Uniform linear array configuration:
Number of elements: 64
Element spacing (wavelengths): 0.5
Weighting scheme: kaiser
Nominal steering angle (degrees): -15
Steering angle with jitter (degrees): -14.3
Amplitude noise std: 0.05
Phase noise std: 0.05

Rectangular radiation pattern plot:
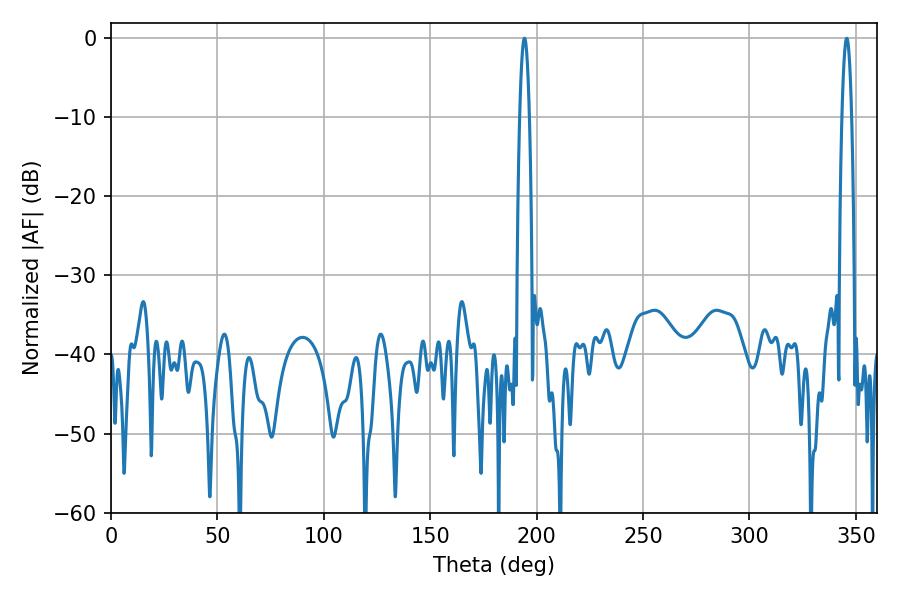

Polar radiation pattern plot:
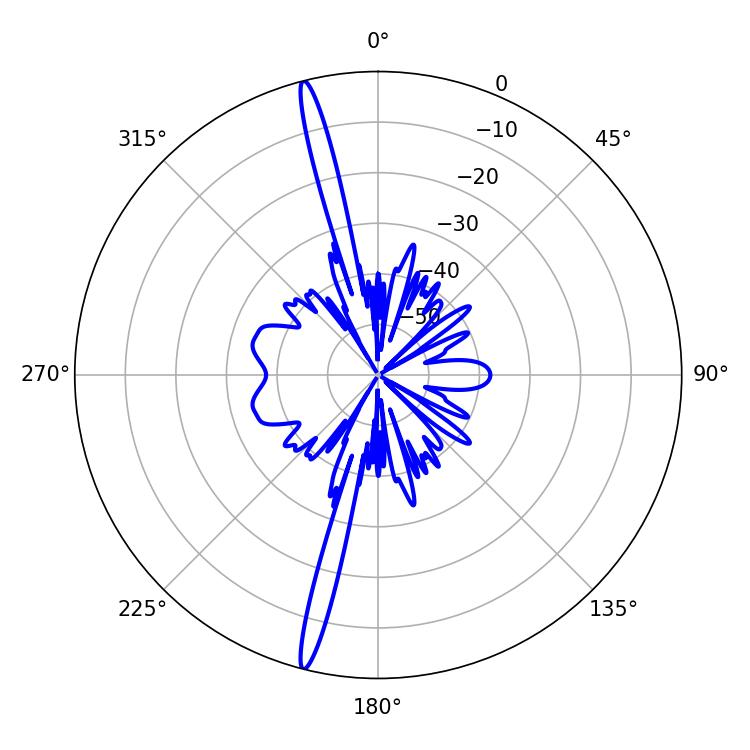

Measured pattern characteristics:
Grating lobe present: FALSE
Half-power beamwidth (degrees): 2.34
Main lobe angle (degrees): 194.22